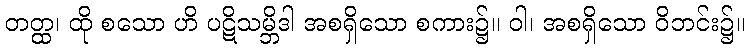
တတ္ထ၊ ထို စသော ဟိ ပဋိသမ္ဘိဒါ အစရှိသော စကား၌။ ဝါ၊ အစရှိသော ဝိဘင်း၌။